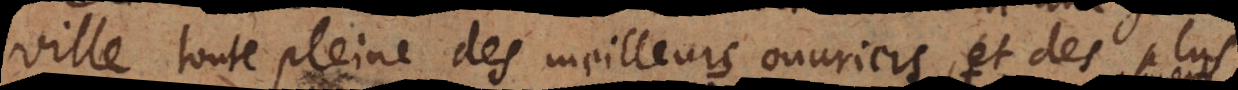
toute pleine des meilleurs ouvriers, et des plus